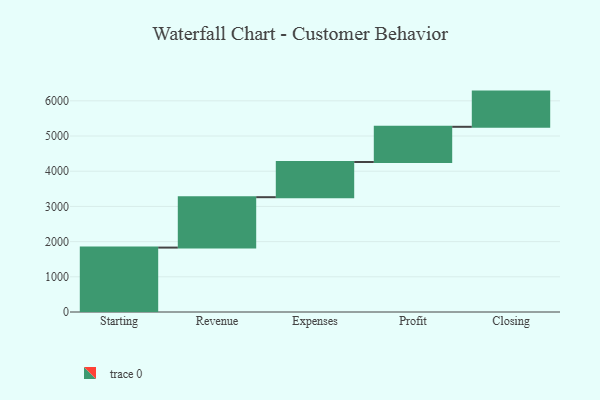
{"axis": {"x": "Step", "y": "Value"}, "legend": [""], "data": [{"x": "Starting", "y": 1830.0, "type": ""}, {"x": "Revenue", "y": 1432.0, "type": ""}, {"x": "Expenses", "y": 1000, "type": ""}, {"x": "Profit", "y": 1000, "type": ""}, {"x": "Closing", "y": 1000, "type": ""}]}